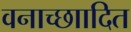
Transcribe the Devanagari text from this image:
वनाच्छाादित